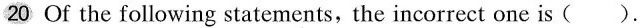
20 Of the following statements, the incorrect one is () .